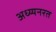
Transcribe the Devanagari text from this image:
अध्य्यनरत